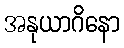
အနုယာဂိနော